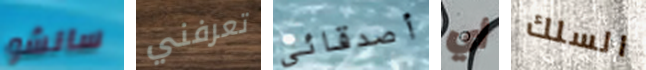
سانشو تعرفني أصدقائى أي السلك